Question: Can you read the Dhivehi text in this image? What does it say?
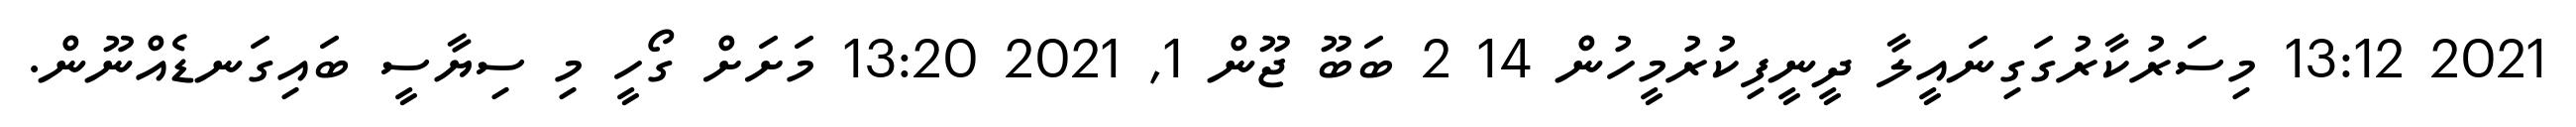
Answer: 2021 13:12 މިސަރުކާރުގަގިނައީލާ ދީނީފިކުރުމީހުން 14 2 ބަބޫ ޖޫން 1, 2021 13:20 މަށަށް ގޯހީ މި ސިޔާސީ ބައިގަނޑެއްނޫން.